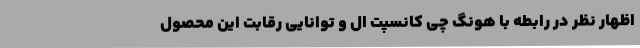
اظهار نظر در رابطه با هونگ چی کانسپت ال و توانایی رقابت این محصول